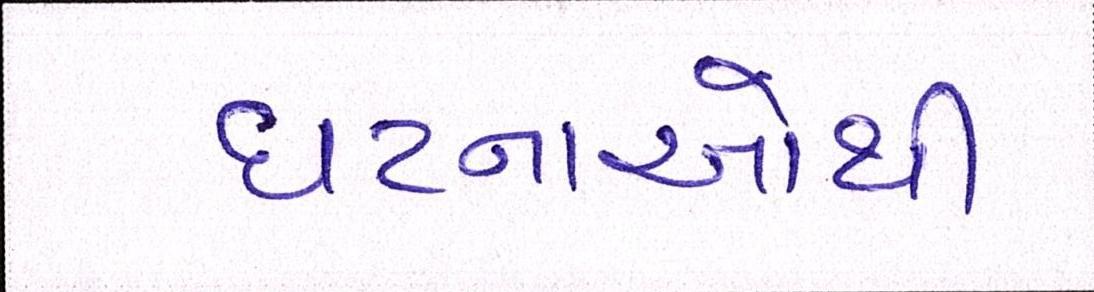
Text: ઘટનાઓથી